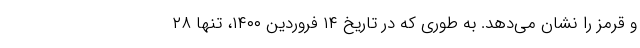
و قرمز را نشان می‌دهد. به طوری که در تاریخ ۱۴ فروردین ۱۴۰۰، تنها ۲۸